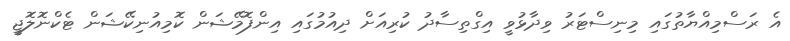
އެ ރަސްމިއްޔާތުގައި މިނިސްޓަރު ވިދާޅުވީ އިގްތިސާދު ކުރިއަށް ދިއުމުގައި އިންފޮމޭޝަން ކޮމިއުނިކޭޝަން ޓެކްނޮލޮޖީ